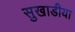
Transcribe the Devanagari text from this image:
सुखाडीया